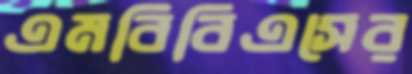
এমবিবিএসের